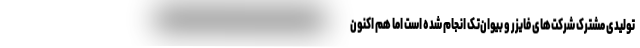
تولیدی مشترک شرکت‌های فایزر و بیوان‌تک انجام شده است اما هم اکنون